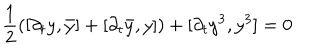
LaTeX: { \frac { 1 } { 2 } } ( [ \partial _ { t } y , \bar { y } ] + [ \partial _ { t } \bar { y } , y ] ) + [ \partial _ { t } y ^ { 3 } , y ^ { 3 } ] = 0